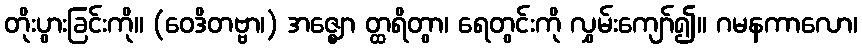
တိုးပွားခြင်းကို။ (ဝေဒိတဗ္ဗာ၊) အဇ္ဈော တ္ထရိတွာ၊ ရေတွင်းကို လွှမ်းကျော်၍။ ဂမနကာလော၊